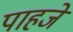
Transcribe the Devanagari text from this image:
पाहजे